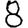
Digit: 8